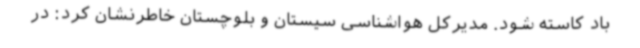
باد کاسته شود. مدیرکل هواشناسی سیستان و بلوچستان خاطرنشان کرد: در